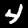
Label: 4